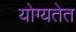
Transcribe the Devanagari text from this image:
योग्यतेत